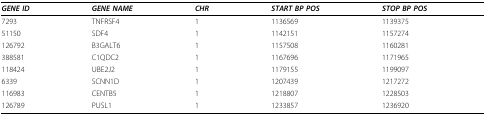
<table><thead><tr><td><b><i>GENE ID</i></b></td><td><b><i>GENE NAME</i></b></td><td><b><i>CHR</i></b></td><td><b><i>START BP POS</i></b></td><td><b><i>STOP BP POS</i></b></td></tr></thead><tbody><tr><td>7293</td><td>TNFRSF4</td><td>1</td><td>1136569</td><td>1139375</td></tr><tr><td>51150</td><td>SDF4</td><td>1</td><td>1142151</td><td>1157274</td></tr><tr><td>126792</td><td>B3GALT6</td><td>1</td><td>1157508</td><td>1160281</td></tr><tr><td>388581</td><td>C1QDC2</td><td>1</td><td>1167696</td><td>1171965</td></tr><tr><td>118424</td><td>UBE2J2</td><td>1</td><td>1179155</td><td>1199097</td></tr><tr><td>6339</td><td>SCNN1D</td><td>1</td><td>1207439</td><td>1217272</td></tr><tr><td>116983</td><td>CENTB5</td><td>1</td><td>1218807</td><td>1228503</td></tr><tr><td>126789</td><td>PUSL1</td><td>1</td><td>1233857</td><td>1236920</td></tr></tbody></table>